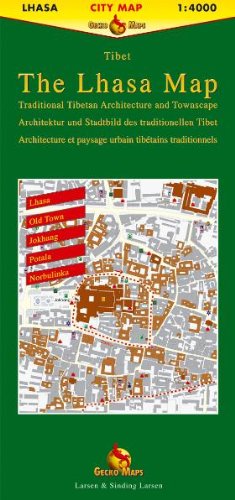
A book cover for Lhasa; Collectif; Travel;